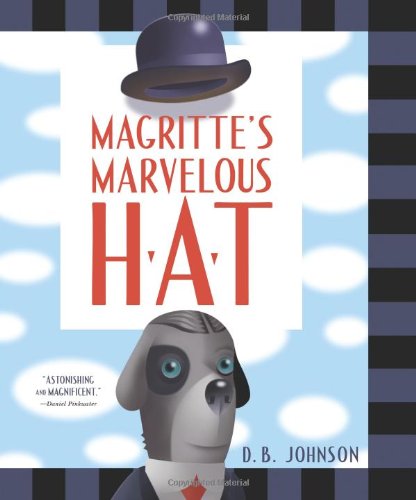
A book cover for Magritte's Marvelous Hat; D.B. Johnson; Children's Books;